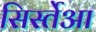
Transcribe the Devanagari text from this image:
सिर्स्तेआ